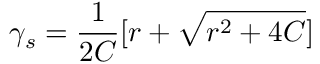
\gamma _ { s } = \frac { 1 } { 2 C } [ r + \sqrt { r ^ { 2 } + 4 C } ]